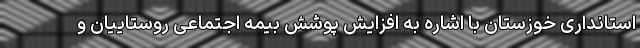
استانداری خوزستان با اشاره به افزایش پوشش بیمه اجتماعی روستاییان و